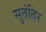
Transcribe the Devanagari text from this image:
सुतंतिर